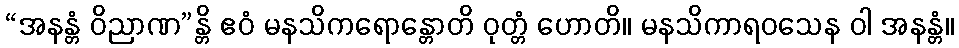
“အနန္တံ ဝိညာဏ”န္တိ ဧဝံ မနသိကရောန္တောတိ ဝုတ္တံ ဟောတိ။ မနသိကာရဝသေန ဝါ အနန္တံ။